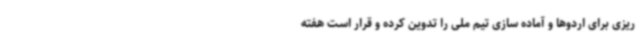
ریزی برای اردوها و آماده سازی تیم ملی را تدوین کرده و قرار است هفته